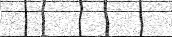
٤٣